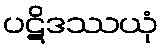
ပဋိဒဿယုံ